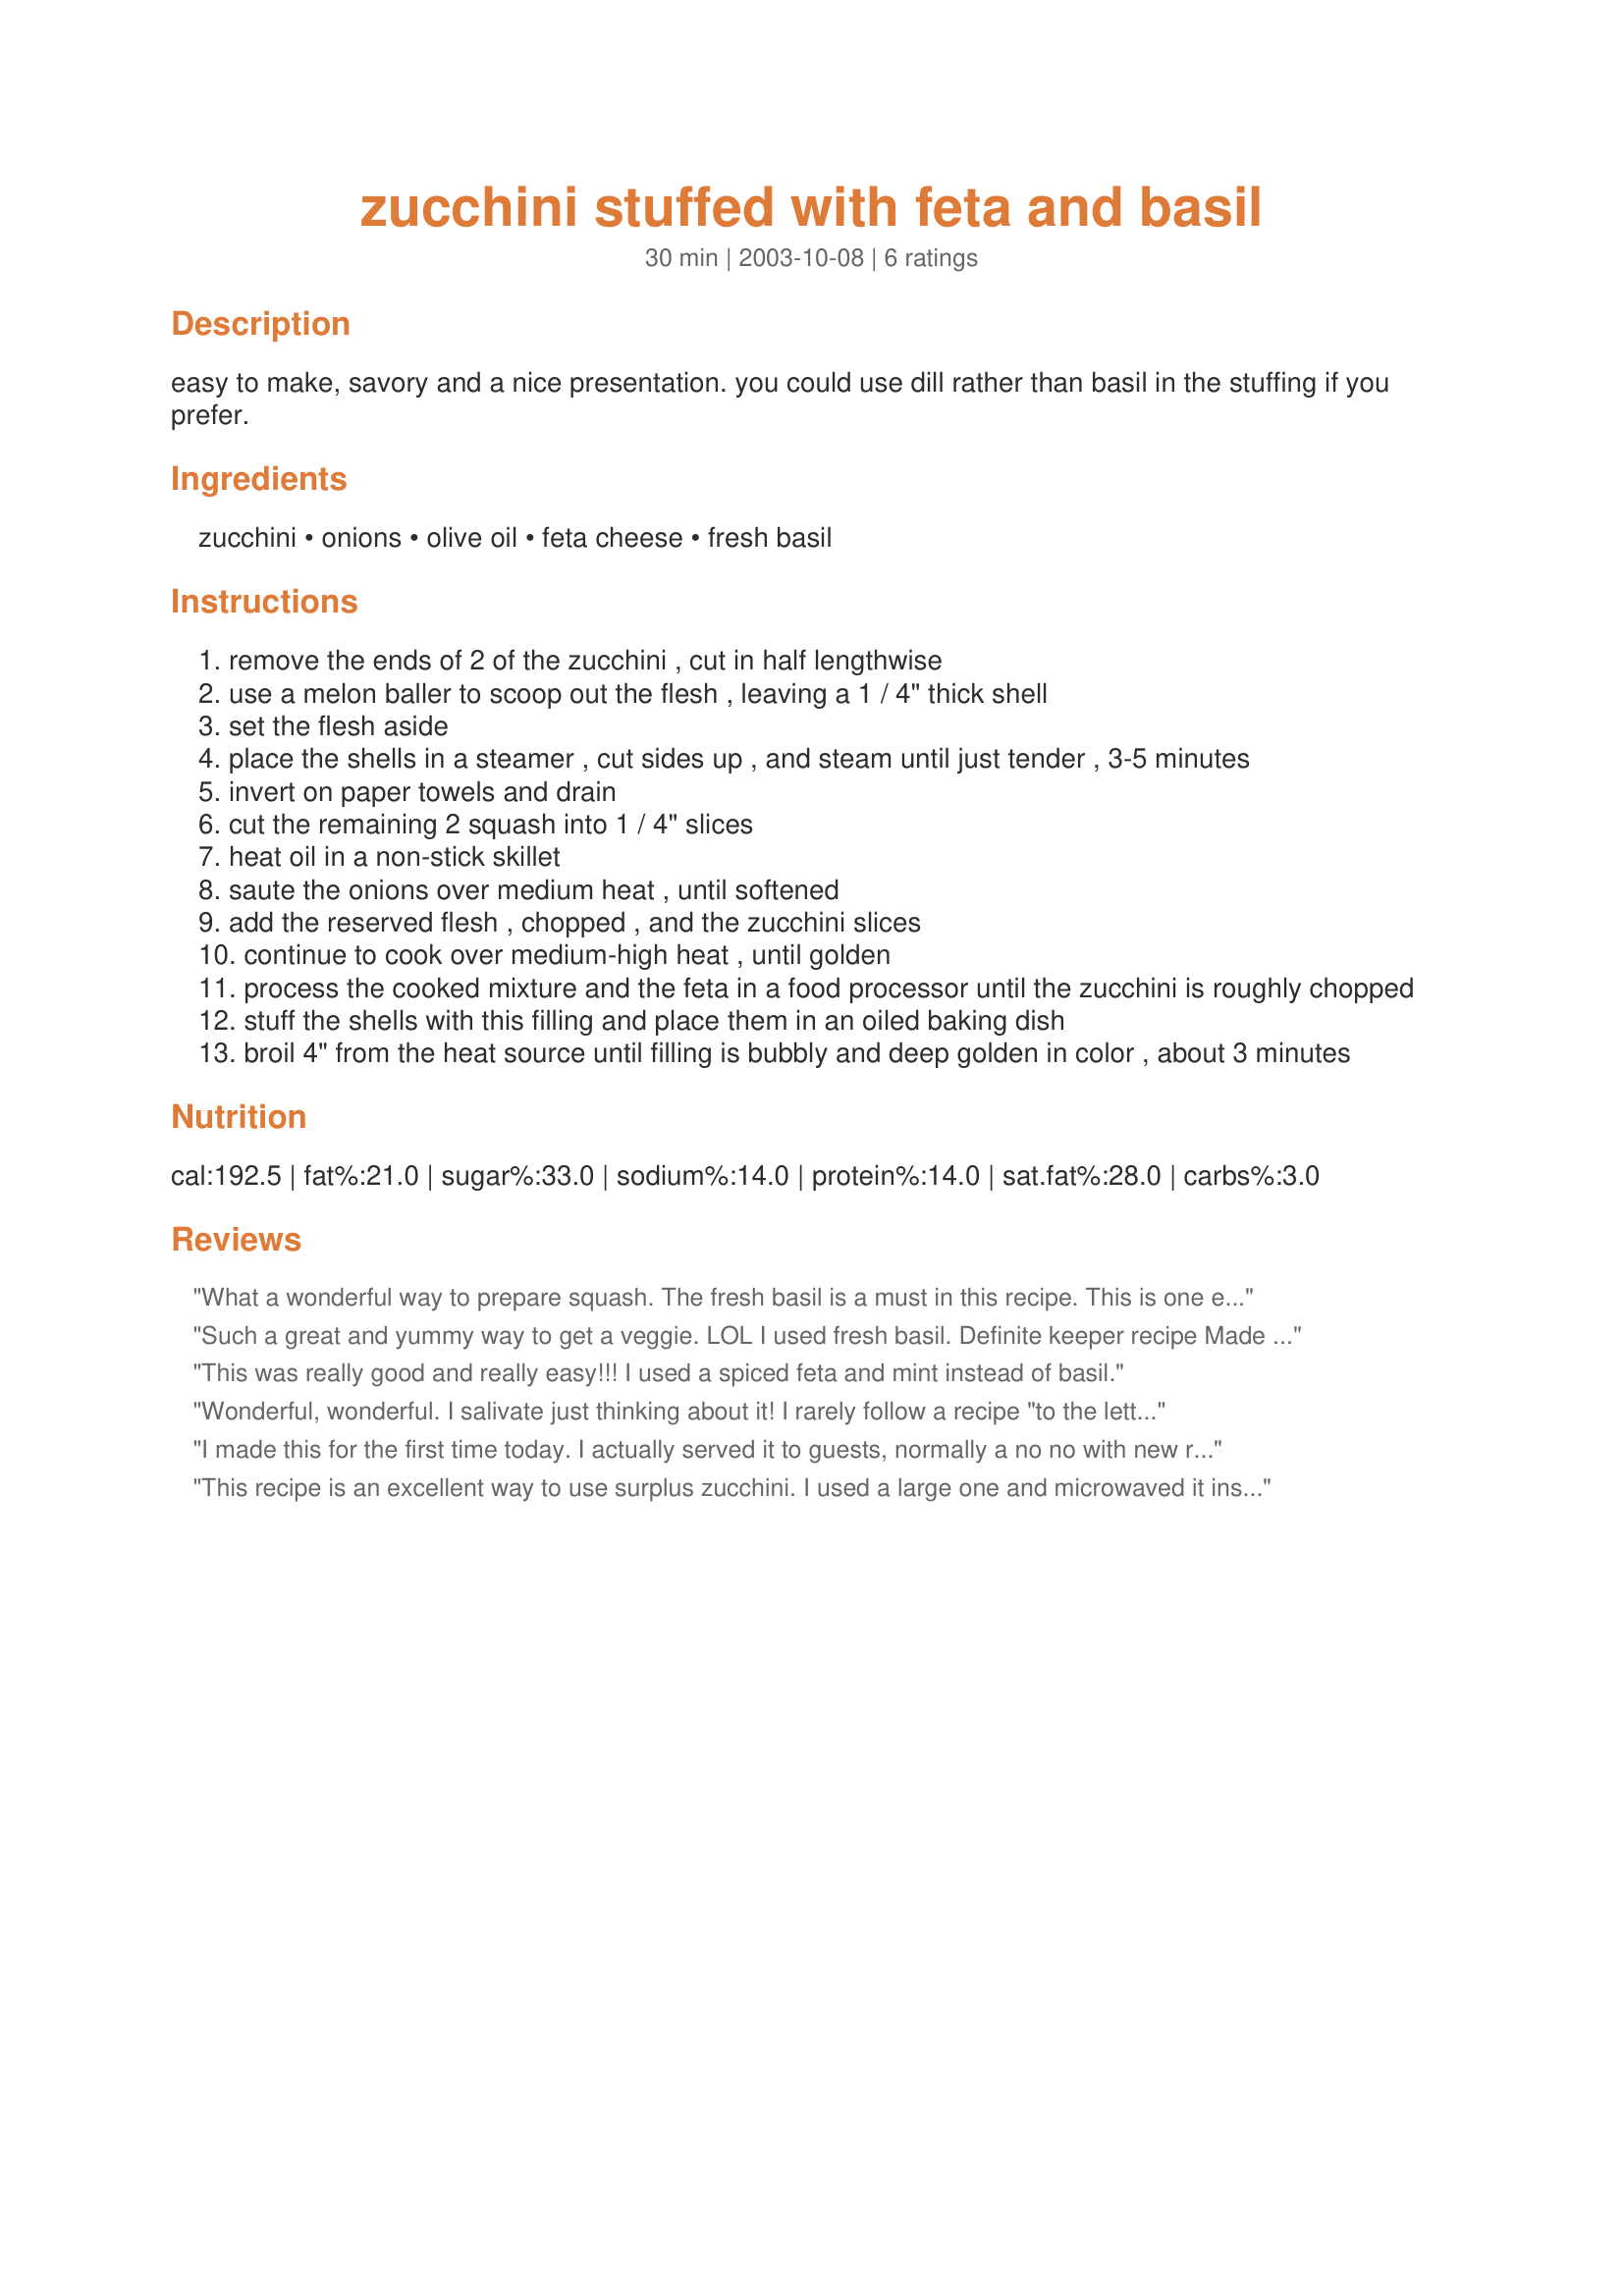
zucchini stuffed with feta and basil
Preparation time: 30 minutes

easy to make, savory and a nice presentation. you could use dill rather than basil in the stuffing if you prefer.

Ingredients:
zucchini, onions, olive oil, feta cheese, fresh basil

Steps:
remove the ends of 2 of the zucchini , cut in half lengthwise
use a melon baller to scoop out the flesh , leaving a 1 / 4" thick shell
set the flesh aside
place the shells in a steamer , cut sides up , and steam until just tender , 3-5 minutes
invert on paper towels and drain
cut the remaining 2 squash into 1 / 4" slices
heat oil in a non-stick skillet
saute the onions over medium heat , until softened
add the reserved flesh , chopped , and the zucchini slices
continue to cook over medium-high heat , until golden
process the cooked mixture and the feta in a food processor until the zucchini is roughly chopped
stuff the shells with this filling and place them in an oiled baking dish
broil 4" from the heat source until filling is bubbly and deep golden in color , about 3 minutes

Reviews:
What a wonderful way to prepare squash. The fresh basil is a must in this recipe. This is one easy, flavorful recipe, and I didn't need to change one thing. Thanks sugarpea for sharing your recipe.
Such a great and yummy way to get a veggie. LOL
I used fresh basil.

Definite keeper recipe Made for Healthy Choices Tag Jan 2009
This was really good and really easy!!! I used a spiced feta and mint instead of basil.
Wonderful, wonderful. I salivate just thinking about it! 
I rarely follow a recipe "to the letter", and in this case it's a good thing: The cooking instructions said nothing about the olive oil. But we can figure out where it fits in!
Very tasty and easy as is, makes a great base for adaptations such as adding bread crumbs, quinoa, peppers, WHATEVER! 
Love it!
I made this for the first time today. I actually served it to guests, normally a no no with new recipes, but it was a huge hit. My friend thought we should take turns making it for each other each week. Delicious. Thanks for sharing it with us.
This recipe is an excellent way to use surplus zucchini. I used a large one and microwaved it instead of steaming it. I added onion and some roma tomatoes! It was awesome.
